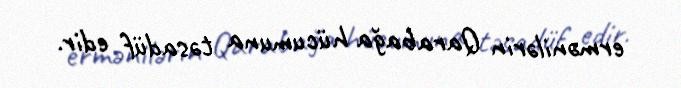
ermənilərin Qarabağa hücumuna təsadüf edir.